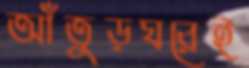
আঁতুড়ঘরেই